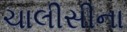
ચાલીસીના